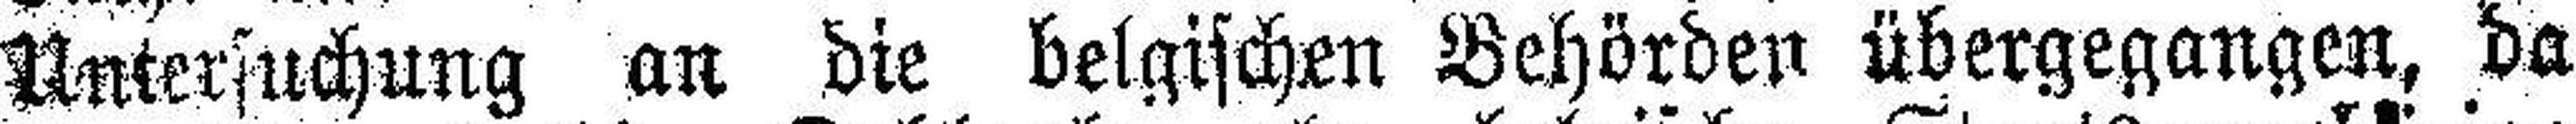
Untersuchung an die belgischen Behörden übergegangen, da